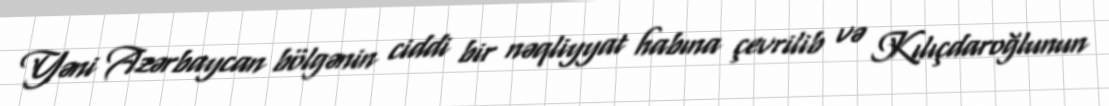
Yəni Azərbaycan bölgənin ciddi bir nəqliyyat habına çevrilib və Kılıçdaroğlunun